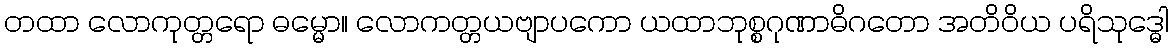
တထာ လောကုတ္တရော ဓမ္မော။ လောကတ္တယဗျာပကော ယထာဘုစ္စဂုဏာဓိဂတော အတိဝိယ ပရိသုဒ္ဓေါ